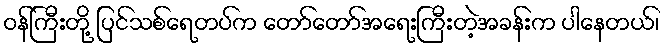
ဝန်ကြီးတို့ ပြင်သစ်ရေတပ်က တော်တော်အရေးကြီးတဲ့အခန်းက ပါနေတယ်၊